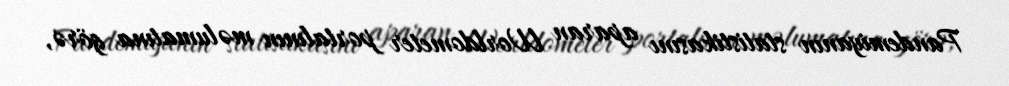
Pandemiyanın statistikasını aparan Worldometer portalının məlumatına görə,